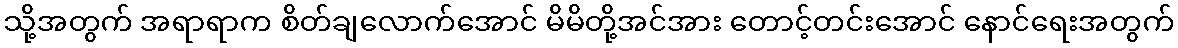
သို့အတွက် အရာရာက စိတ်ချလောက်အောင် မိမိတို့အင်အား တောင့်တင်းအောင် နောင်ရေးအတွက်